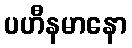
ပဟီနမာနော